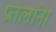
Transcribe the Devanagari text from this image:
प्रतलांना